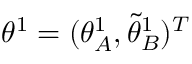
{ { \theta } } ^ { 1 } = ( { \theta } _ { A } ^ { 1 } , \tilde { \theta } _ { B } ^ { 1 } ) ^ { T }